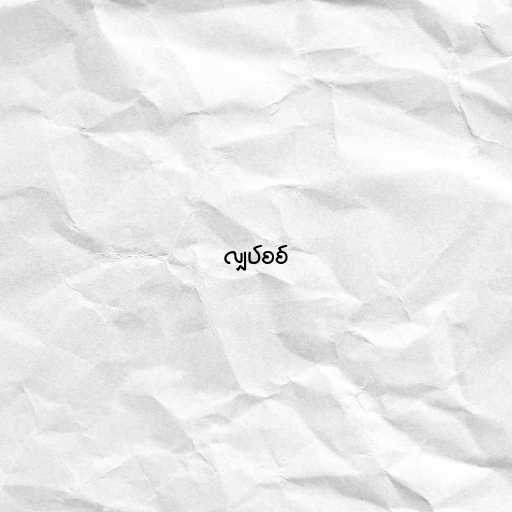
လျှပ်စစ်